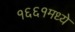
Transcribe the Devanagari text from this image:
१६६१मध्ये